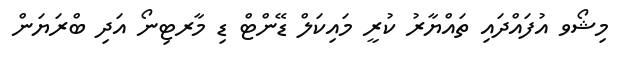
މިޝޯވ އުފައްދައި ތައްޔާރު ކުރީ މައިކަލް ޑޭންޓް ޑި މާރޓިނޯ އަދި ބްރަޔަން